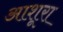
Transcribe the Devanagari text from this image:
आशूरा